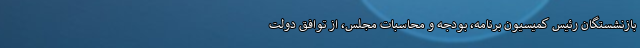
بازنشستگان رئیس کمیسیون برنامه، بودجه و محاسبات مجلس، از توافق دولت